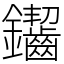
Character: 䥹